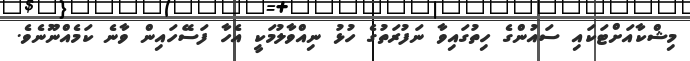
މިޝްކާއަށްޓަކައި ސައުންގެ ހިތުގައިވާ ނަފުރަތުގެ ހުޅު ނިއްވާލުމަކީ އެހާ ފަސޭހައިން ވާނެ ކަމެއްނޫނެވެ.